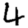
Digit: 4